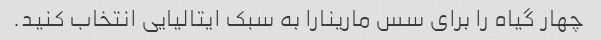
چهار گیاه را برای سس مارینارا به سبک ایتالیایی انتخاب کنید.